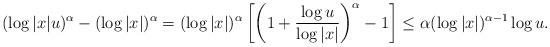
LaTeX: \begin{align*}(\log |x|u)^\alpha - (\log |x|)^\alpha =(\log |x|)^\alpha \left[ \left( 1 + \frac{\log u}{\log |x|} \right)^\alpha - 1 \right] \leq \alpha (\log |x|)^{\alpha -1 } \log u.\end{align*}